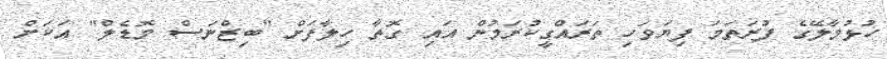
ހުޅުމާލޭގެ ފުރަތަމަ ފިޔަވަހި ތަރައްގީކުރަމުން އައި ގޮތާ ހިލާފަށް "ބިޒްނަސް މޮޑެލް" އަކަށް